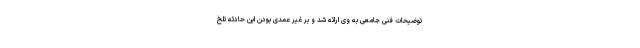
توضیحات فنی جامعی به وی ارائه شد و بر غیر عمدی بودن این حادثه تلخ